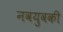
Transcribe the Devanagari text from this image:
नवयुवकी